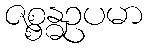
ဇစ္စန္ဓဥပမာ